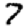
Digit: 7